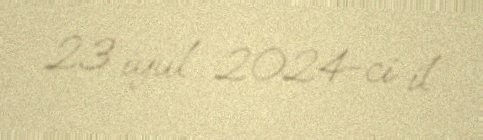
23 iyul 2024-ci il